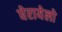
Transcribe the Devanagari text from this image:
घेरायेलो